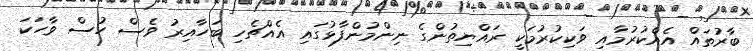
ބާރުތައް އެއްކުރުމާއި ވަކިކުރުމަކީ ރައްޔިތުންގެ ނިންމުންފާޅުގައި އެއްޗެހި ބަހާއިރު ވެސް ހުސް ވާހަކަ